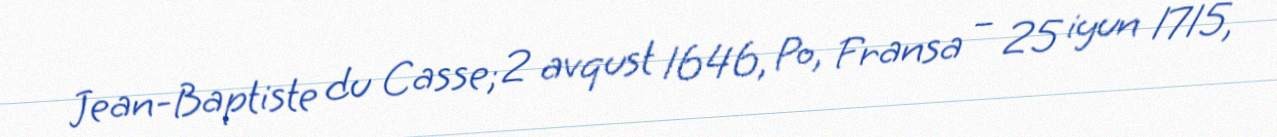
Jean-Baptiste du Casse; 2 avqust 1646, Po, Fransa – 25 iyun 1715,